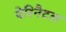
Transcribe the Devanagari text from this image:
पेरिनैटल